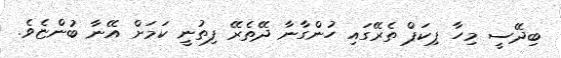
ބިދޭސީ މިހާ ޕިކަޕް ތެރޭގައި ހުންގާނާ ދޭތެރޭ ފިތުނީ ކަމަށް އޭނާ ބުންޏެވެ.